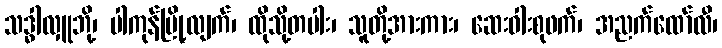
သဒ္ဓါလှူဘို့၊ ပါကုန်မြို့လျက်၊ ထိုသို့တပါး၊ သူတို့အားကား၊ ဆေးဝါးစုဖက်၊ အညက်ထော်လီ၊